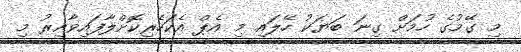
މި ގޭމުގެ ހުމަށް ގިނަ ބަޔަކު ހޭލައި މި އެޕް އެކަހެރިކޮށްލާފައިވާއިރު މި